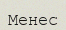
Менес